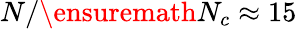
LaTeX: N/\ensuremath{N_{c}}\approx 15